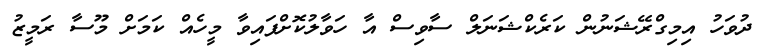
ދުވަހު އިމިގްރޭޝަނުން ކަރެކްޝަނަލް ސާވިސް އާ ހަވާލުކޮށްފައިވާ މީހެއް ކަމަށް މޫސާ ރަމީޒު